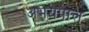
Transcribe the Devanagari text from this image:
अभयपाल